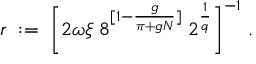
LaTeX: r \; : = \; \bigg [ 2 \omega \xi \; 8 ^ { [ 1 - \frac { g } { \pi + g N } ] } \; 2 ^ { \frac { 1 } { q } } \bigg ] ^ { - 1 } \; .